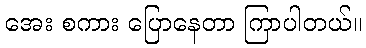
အေး စကား ပြောနေတာ ကြာပါတယ်။